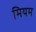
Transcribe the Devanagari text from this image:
मियम